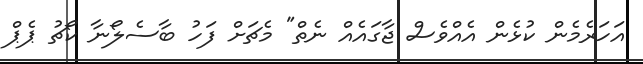
އަހަރެމެން ކުޅެން އެއްވެސް ޖާގައެއް ނެތް" މެޗަށް ފަހު ބާސެލޯނާ ކޯޗު ޕެޕް